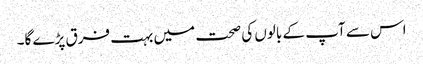
اس سے آپ کے بالوں کی صحت میں بہت فرق پڑے گا۔